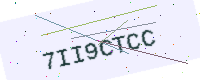
Text: 7II9CTCC